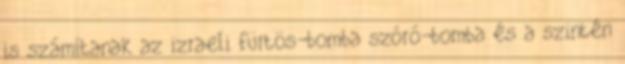
is számítanak az izraeli fürtös-bomba szóró-bomba és a szintén